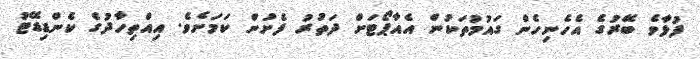
ފުޅާވެ ބޭރުގެ އެހެނިހެން ގައުމުތަކުން އެއާޕޯޓަށް ދަތުރު ފެށުން ކަމަށެވެ. އިއްތިހާދުގެ ކެންޑިޑޭޓު